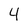
Character: 4